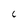
Character: C